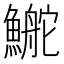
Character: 鿳